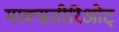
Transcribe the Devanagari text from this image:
माक्सतीरिओट्